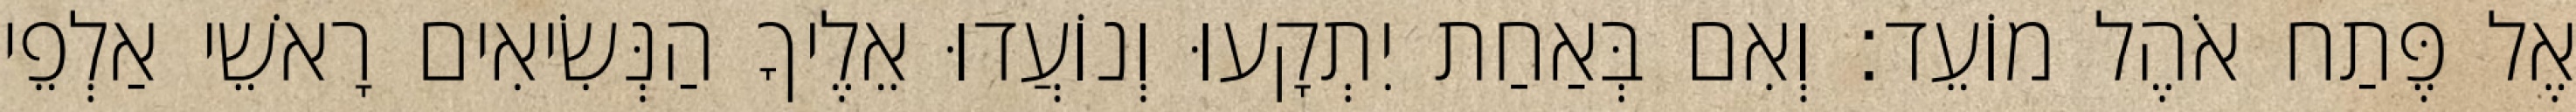
אֶל פֶּתַח אֹהֶל מוֹעֵד׃ וְאִם בְּאַחַת יִתְקָעוּ וְנוֹעֲדוּ אֵלֶיךָ הַנְּשִׂיאִים רָאשֵׁי אַלְפֵי